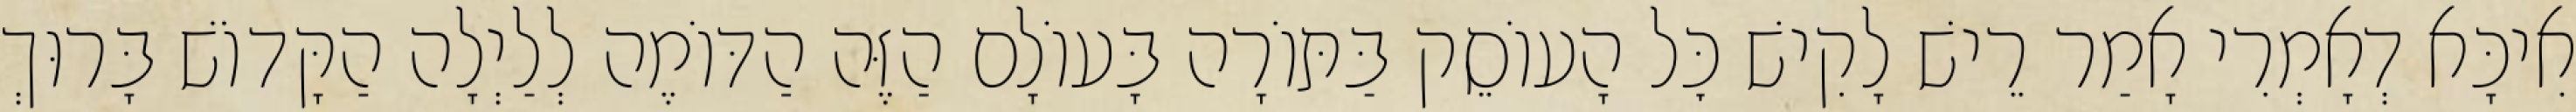
אִיכָּא דְאָמְרִי אָמַר רֵישׁ לָקִישׁ כׇּל הָעוֹסֵק בַּתּוֹרָה בָּעוֹלָם הַזֶּה הַדּוֹמֶה לְלַיְלָה הַקָּדוֹשׁ בָּרוּךְ